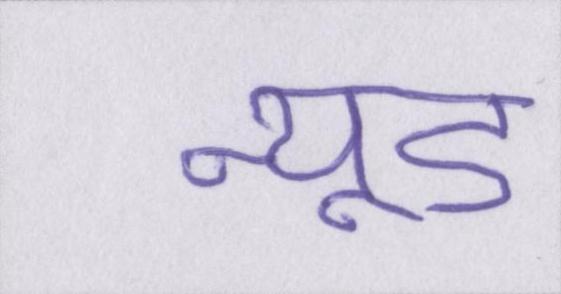
न्यूड